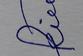
Signature authenticity: forged